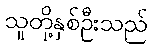
သူတို့နှစ်ဦးသည်